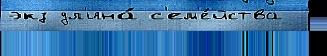
экз дл'ина́ с'ем'е́йства